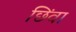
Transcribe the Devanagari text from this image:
छिंवा